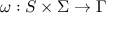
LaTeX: \omega : S \times \Sigma \rightarrow \Gamma